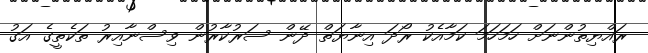
ރައްޔިތުންނަށް ހަމަހަމަ ކަމާއެކު ރޯދަ އިނާޔަތް ދޭން ސަރުކާރުން ވިސްނާއިރު ތަކެތީގެ އަގު